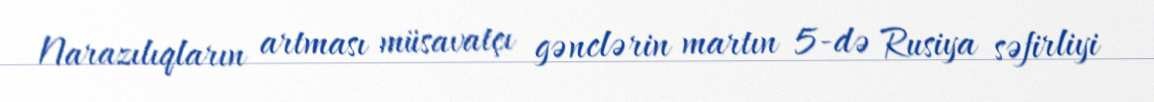
Narazılıqların artması müsavatçı gənclərin martın 5-də Rusiya səfirliyi